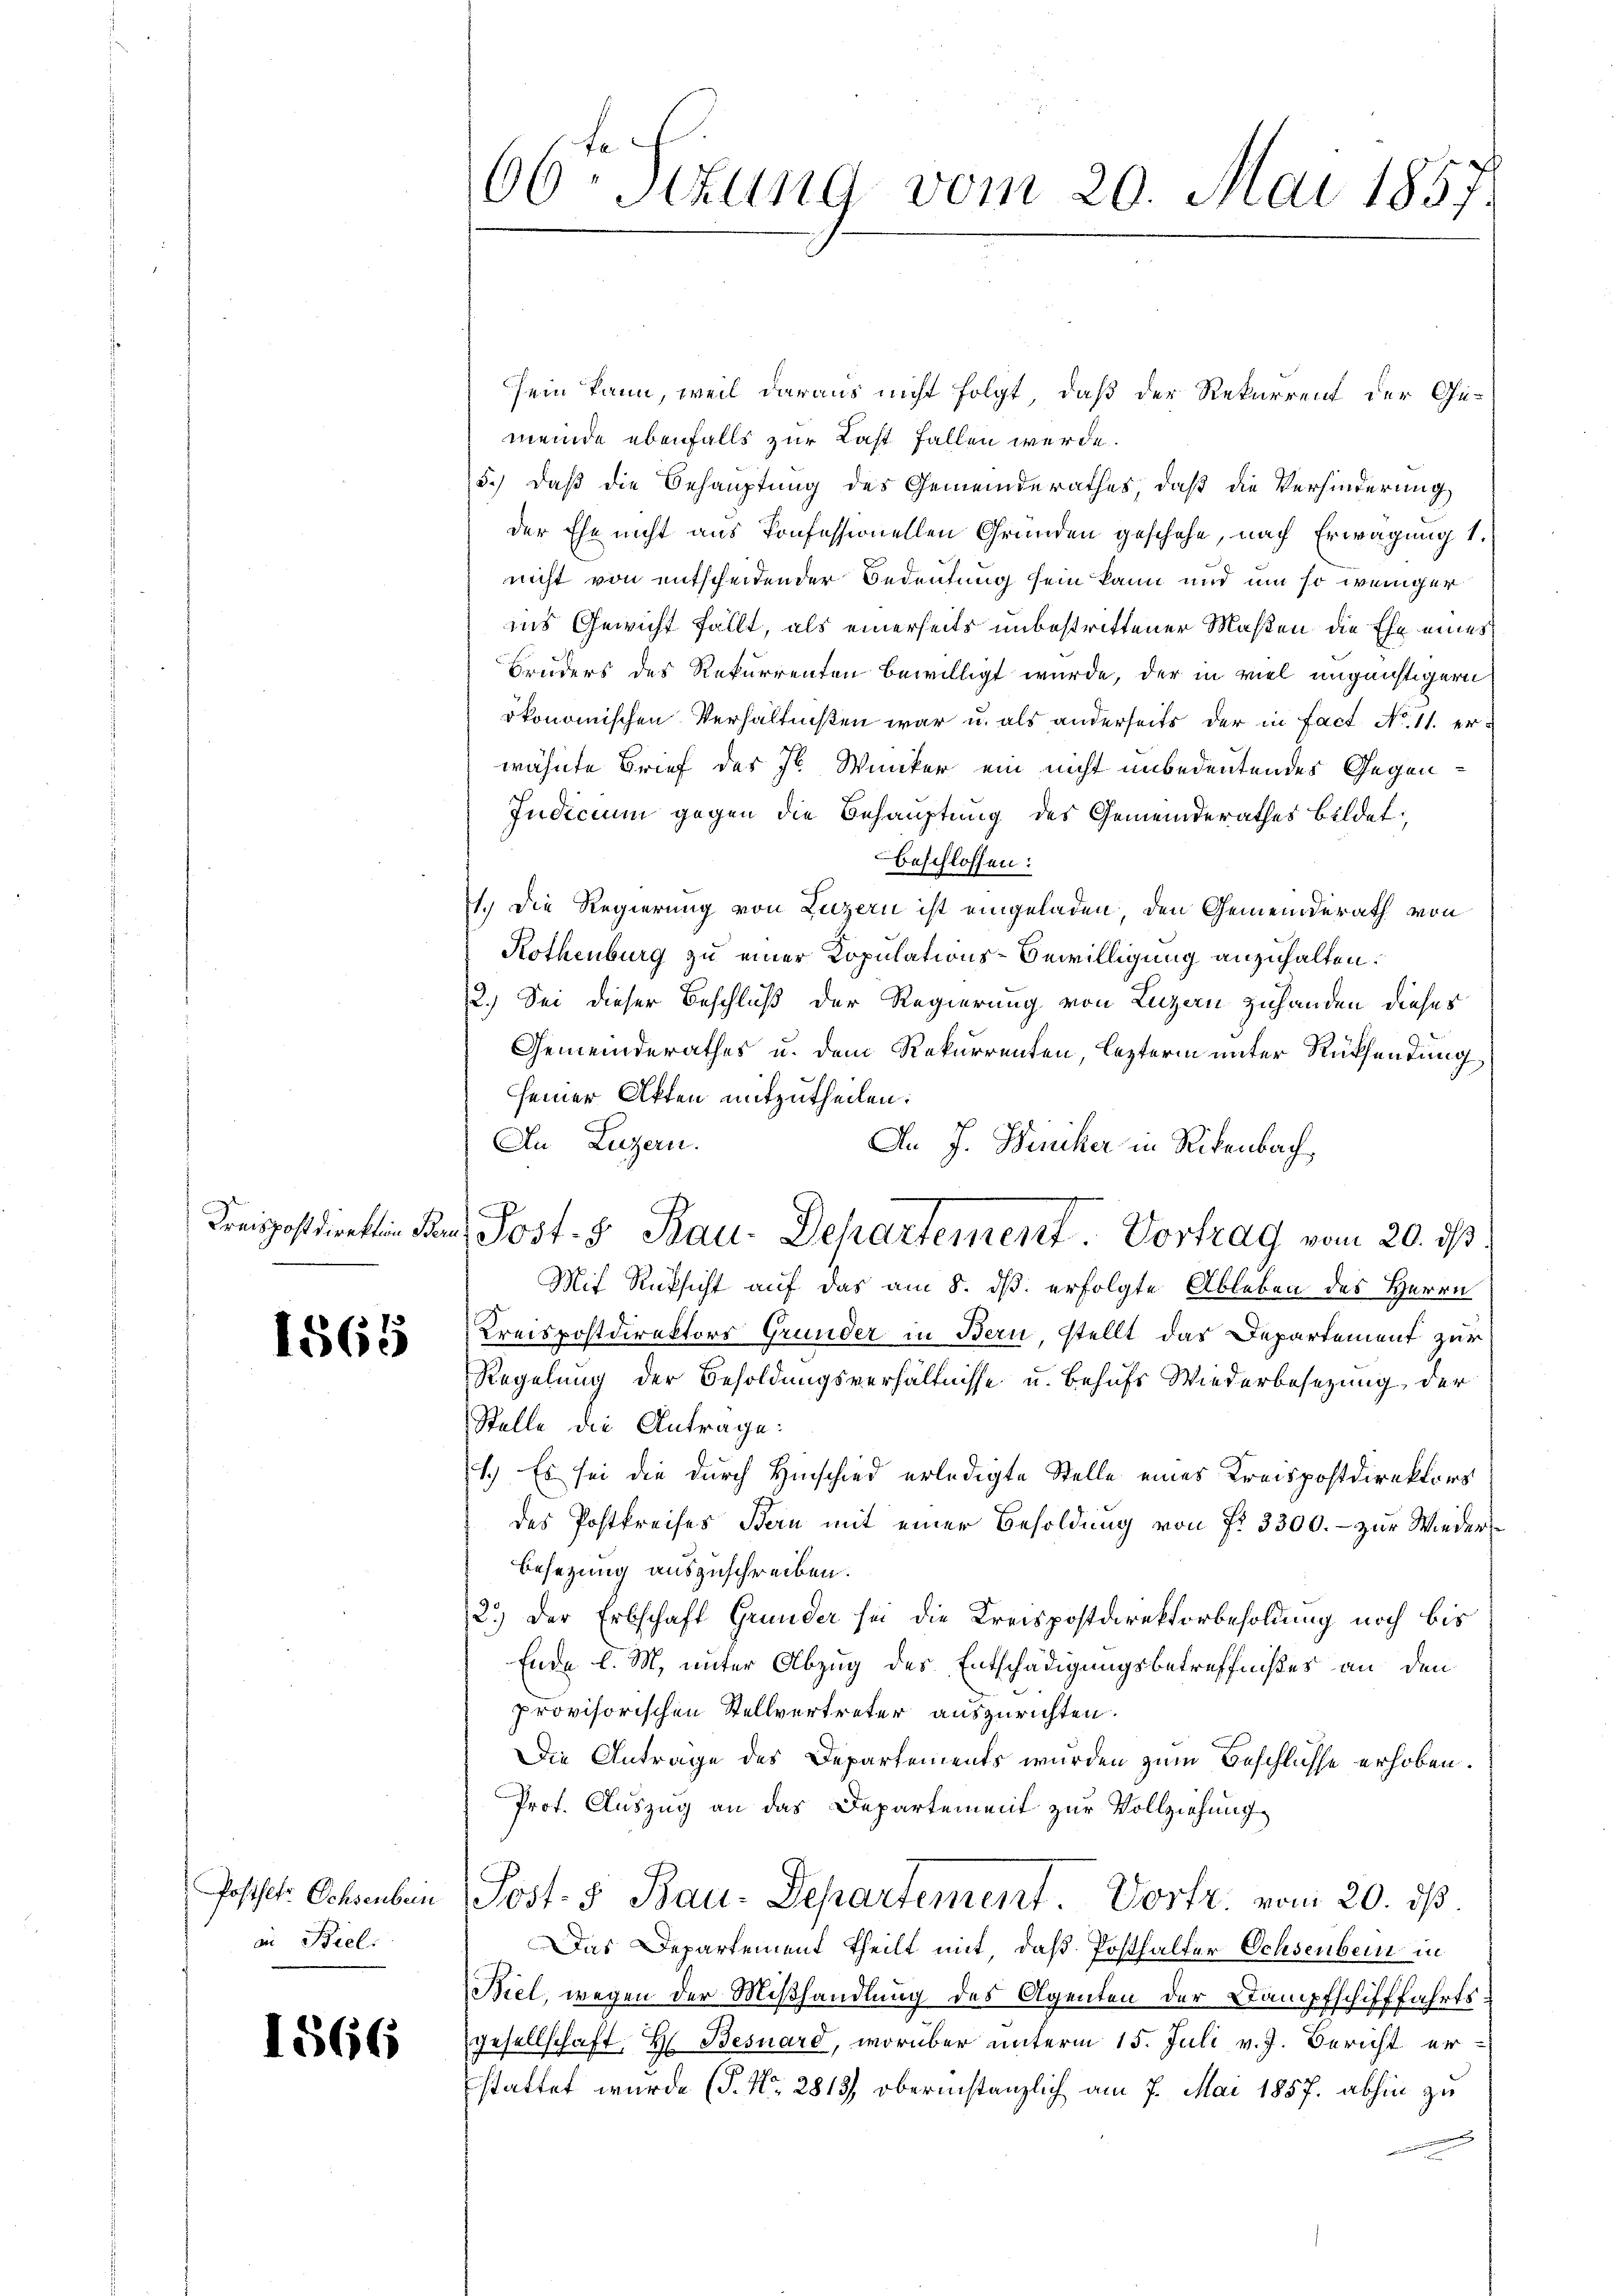
1565

in Biel.

1566

66ten Sizung vom 20. Mai 1857.

Kreispostdientin Tanz Post- 5 Rau-Departement. Vortrag vom 20. ds

sein kann, weil daraus nicht folgt, daß der Rekurrent der Gemeinde ebenfalls zur Last fallen werde.
5.) Daß die Behauptung des Gemeinderathes, daß die Verhinderung,
der Ehe nicht aus konfessionellen Gründen geschehe, nach Erwägung 1.
nicht von entscheidender Bedeutung sein kann und um so weniger
ins Gewicht fällt, als einerseits unbestrittener Maßen die Ehe eines
Bruders des Rekurrenten bewilligt wurde, der in viel ungünstigern
ökonomischen Verhältnißen war u. als anderseits der in Fact. No. 11. erwähnte Brief des J. Wunker ein nicht unbedeutendes Gegen¬
Indicum gegen die Behauptung des Gemeinderathes bildet,
Beschlossen:
1.) Die Regierung von Luzern ist eingeladen, den Gemeinderath von
Rothenburg zu einer Kopulations-Bewilligung anzuhalten.
2.) Sei dieser Beschluß der Regierung von Luzern zuhanden dieses
Gemeinderathes u. dem Rekurrenten, lezterm unter Rücksendung
seiner Akten mitzutheilen.
An Luzern.
An J. Winiker in Rikenbach,
Mit Rüksicht auf das am 8. ds. erfolgte Ableben des Herrn
Kreispostdirektors Grunder in Bern, stellt das Departement zur
Regelung der Besoldungsverhältnisse u. Behufs Wiederbesezung der
Stelle die Antrage:
1.) Es sei die durch Hinschied erledigte Stelle eines Kreispostdirektors
des Postkreises Bern mit einer Besoldung von Fr. 3300. - zur Wieder¬
Besetzung auszuschreiben.
2.) Der Erbschaft Grunder sei die Kreispostdirektorbesoldung noch bis
Ende l. M. unter Abzug des Entschädigungsbetreffnißes an den
provisorischen Stellvertreter auszurichten.
Die Antrage des Departements wurden zum Beschlusse erhoben.
Prof. Auszug an das Departement zur Vollziehung
Postete Ochsenbein Post- u. Bau-Departement. Vortr. vom 20. ds.
Das Departement Theilt mit, daß Posthalter Ochsenbern in
Biel, wegen der Mißhandlung des Agenten der Stampfschifffahrts:
gesellschaft, H. Besnard, worüber unterm 15. Juli v. J. Bericht er-
stattet wurde (S. Nr. 2813, oberinstanzlich am 7. Mai 1857. abhin zu
g